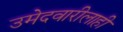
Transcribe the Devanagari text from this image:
उमेदवारीलाही